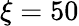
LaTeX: \xi=50